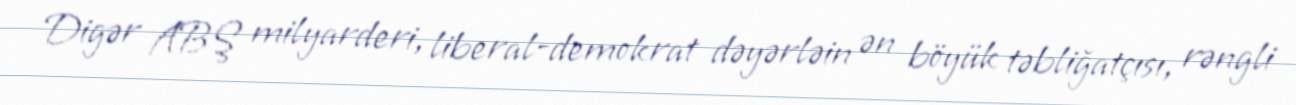
Digər ABŞ milyarderi, liberal-demokrat dəyərləin ən böyük təbliğatçısı, rəngli